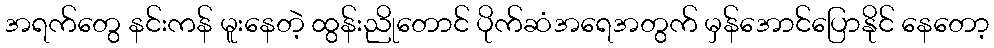
အရက်တွေ နင်းကန် မူးနေတဲ့ ထွန်းညိုတောင် ပိုက်ဆံအရေအတွက် မှန်အောင်ပြောနိုင် နေတော့